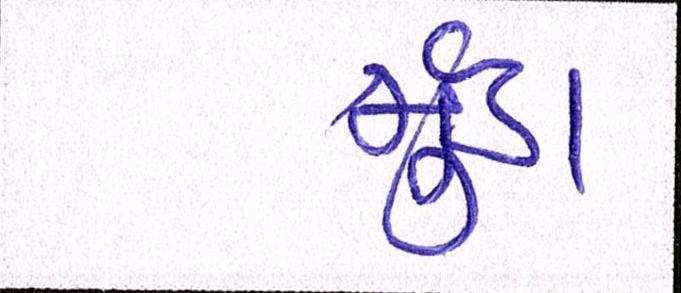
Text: મુંડા